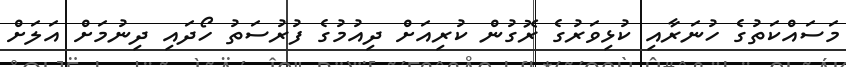
މަސައްކަތުގެ ހުނަރާއި ކުޅިވަރުގެ ރޮގުން ކުރިއަށް ދިއުމުގެ ފުރުސަތު ހޯދައި ދިނުމަށް އަލަށް